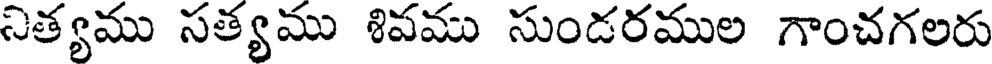
నిత్యము సత్యము శిపము సుండరముల గాంచగలరు